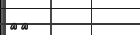
٣٠